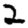
Digit: 2